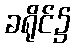
ခရိုင်၌